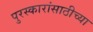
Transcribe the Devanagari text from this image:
पुरस्कारांसाठीच्या